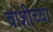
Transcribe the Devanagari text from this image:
वाशीच्या